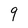
Character: 9